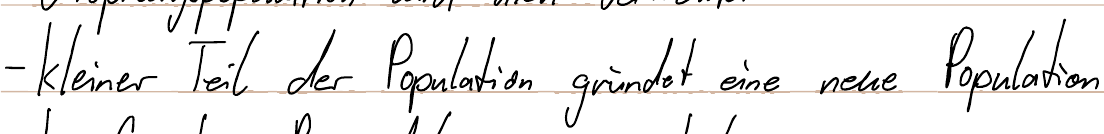
- kleiner Teil der Population gründet eine neue Population